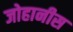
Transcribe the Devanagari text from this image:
जोहानीस